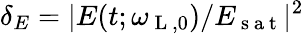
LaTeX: \delta_{E}=|E(t;\omega_{\mathrm{~L~},0})/E_{\mathrm{~s~a~t~}}|^{2}